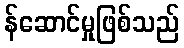
န်ဆောင်မှုဖြစ်သည်